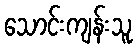
သောင်းကျန်းသူ